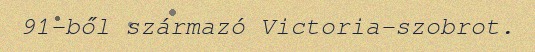
91-ből származó Victoria-szobrot.